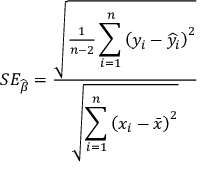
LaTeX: S E _ { \widehat { \beta } } = { \frac { \sqrt { { \frac { 1 } { n - 2 } } \displaystyle \sum _ { i = 1 } ^ { n } \left( y _ { i } - { \widehat { y } } _ { i } \right) ^ { 2 } } } { \sqrt { \displaystyle \sum _ { i = 1 } ^ { n } \left( x _ { i } - { \bar { x } } \right) ^ { 2 } } } }